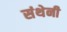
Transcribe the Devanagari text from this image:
संथेनी